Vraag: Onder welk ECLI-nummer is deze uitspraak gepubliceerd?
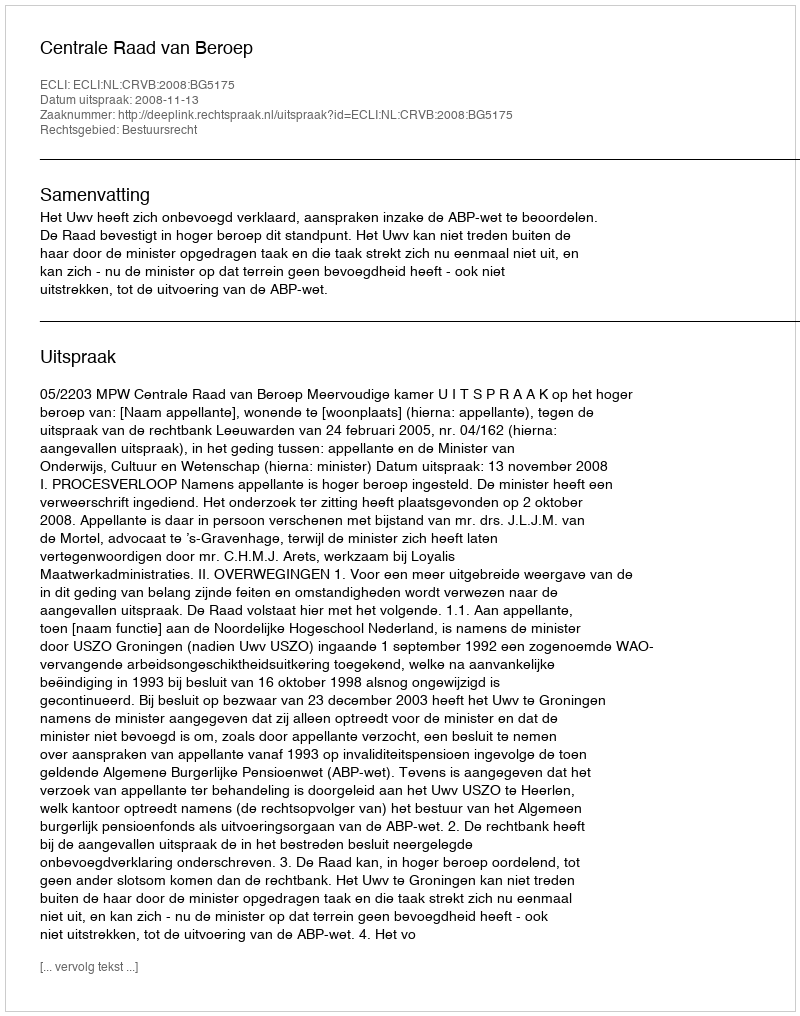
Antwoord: ECLI:NL:CRVB:2008:BG5175